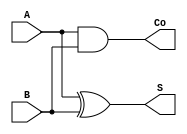
module halfadder (
	input A,
	input B,
	output S,
	output Co
);
	assign S = A ^ B;
	assign Co = A & B;
endmodule